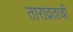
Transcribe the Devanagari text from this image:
ताराव्रताची